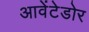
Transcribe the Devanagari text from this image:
आवेंटेडोर